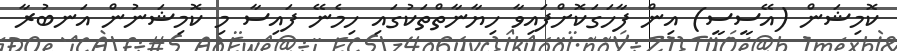
ކޮމިޝަން (އޭސީސީ) އިން ފާހަގަކޮށްފައިވާ ހިޔާނާތްތަކުގައި ހިމެނޭ ފައިސާ މި ކޮމިޝަނުން އަނބުރާ